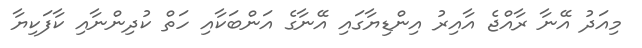
މިއަދު އޭނާ ރާއްޖެ އާއިރު އިންޑިޔާގައި އޭނާގެ އަންބަކާއި ހަތް ކުދިންނާއި ކާފަކިޔާ